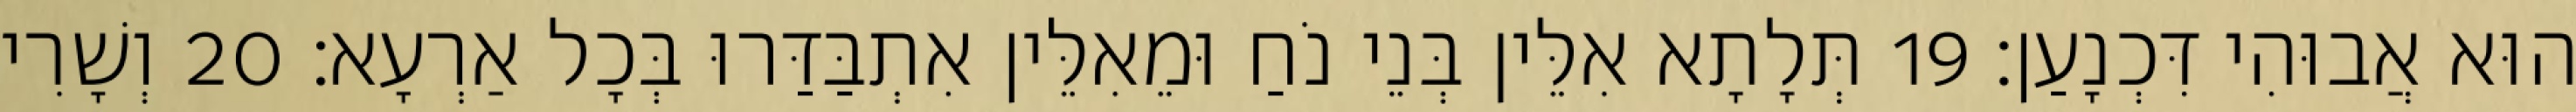
הוּא אֲבוּהִי דִּכְנָעַן׃ 19 תְּלָתָא אִלֵּין בְּנֵי נֹחַ וּמֵאִלֵּין אִתְבַּדַּרוּ בְּכָל אַרְעָא׃ 20 וְשָׁרִי